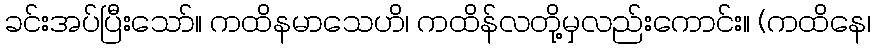
ခင်းအပ်ပြီးသော်။ ကထိနမာသေဟိ၊ ကထိန်လတို့မှလည်းကောင်း။ (ကထိနေ၊